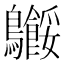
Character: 𬷸